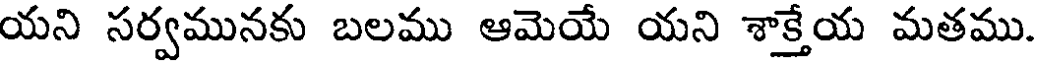
యని సర్వమునకు బలము ఆమెయే యని శాక్తేయ మతము.